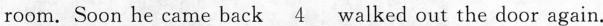
room. Soon he came back \underline{4} walked out the door again.